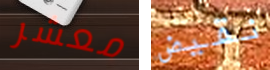
معشر نقيض